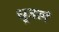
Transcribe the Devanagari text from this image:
धूतलं